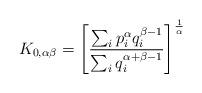
LaTeX: \begin{align*}K_{0,\alpha\beta}=\left[\frac{\sum_{i}p^{\alpha}_{i}q^{\beta-1}_{i}}{\sum_{i}q^{\alpha+\beta-1}_{i}} \right]^{\frac{1}{\alpha}} \end{align*}